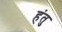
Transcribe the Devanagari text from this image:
हंतु